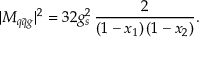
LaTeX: | { \cal M } _ { q \bar { q } g } | ^ { 2 } = 3 2 g _ { s } ^ { 2 } \, \frac { 2 } { ( 1 - x _ { 1 } ) \, ( 1 - x _ { 2 } ) } .